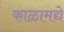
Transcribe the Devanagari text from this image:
काळामद्ये